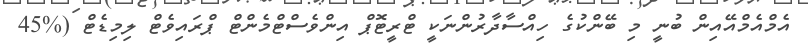
އެމްއެމްއޭއިން ބުނީ މި ބޭންކުގެ ހިއްސާދާރުންނަކީ ޓްރީޓޮޕް އިންވެސްޓްމެންޓް ޕްރައިވެޓް ލިމިޑެޓް (%45